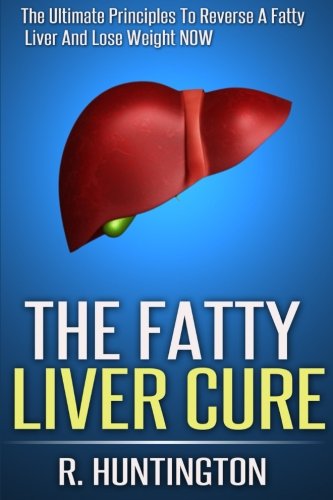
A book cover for The Fatty Liver Cure: The Ultimate Principles To Reverse And Cure Fatty Liver  And Lose Weight NOW ! (Volume 1); R. Huntington; Health, Fitness & Dieting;